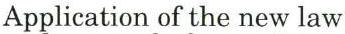
Application of the new law